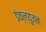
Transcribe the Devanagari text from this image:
इंक्ल्यूजन